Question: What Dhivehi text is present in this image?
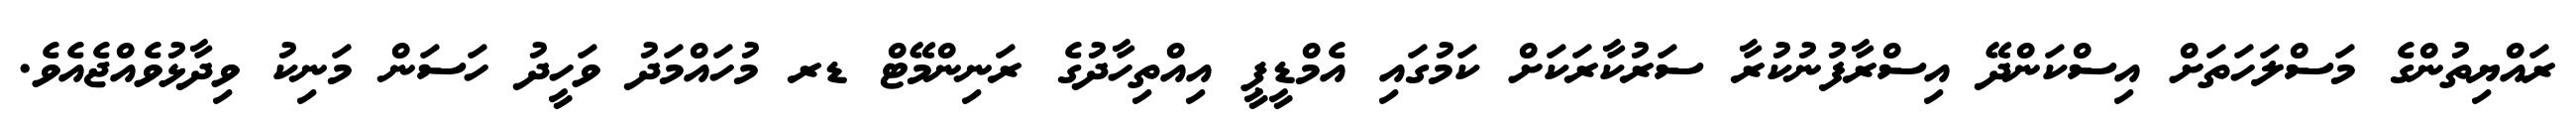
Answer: ރައްޔިތުންގެ މަސްލަހަތަށް އިސްކަންދޭ އިސްރާފުނުކުރާ ސަރުކާރަކަށް ކަމުގައި އެމްޑީޕީ އިއްތިހާދުގެ ރަނިންމޭޓް ޑރ މުހައްމަދު ވަހީދު ހަސަން މަނިކު ވިދާޅުވެއްޖެއެވެ.